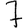
Digit: 7